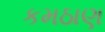
કમઠાણ